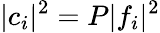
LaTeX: \lvert c_{i}\rvert^{2}=P\lvert f_{i}\rvert^{2}